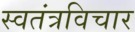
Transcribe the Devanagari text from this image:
स्वतंत्रविचार